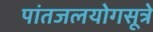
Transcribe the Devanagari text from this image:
पांतजलयोगसूत्रे